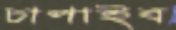
চাপাইব